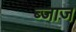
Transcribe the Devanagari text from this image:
ब्जाज